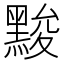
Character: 黢